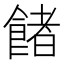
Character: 𩜼